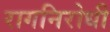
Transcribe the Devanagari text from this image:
रागनिरोधी